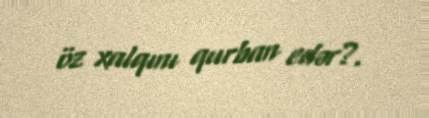
öz xalqını qurban edər?.